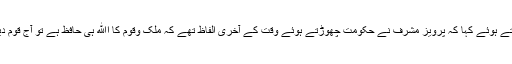
جلسہ سے مرکزی سینیئر نائب صدر میجرجنرل (ر) راشد قریشی نے خطاب کرتے ہوئے کہا کہ پرویز مشرف نے حکومت چھوڑتے ہوئے وقت کے آخری الفاظ تھے کہ ملک وقوم کا اﷲ ہی حافظ ہے تو آج قوم دیکھ لے کہ آصف علی زرداری اور نواز حکومت نے ملک کا کیا حال کر دیا ہے۔